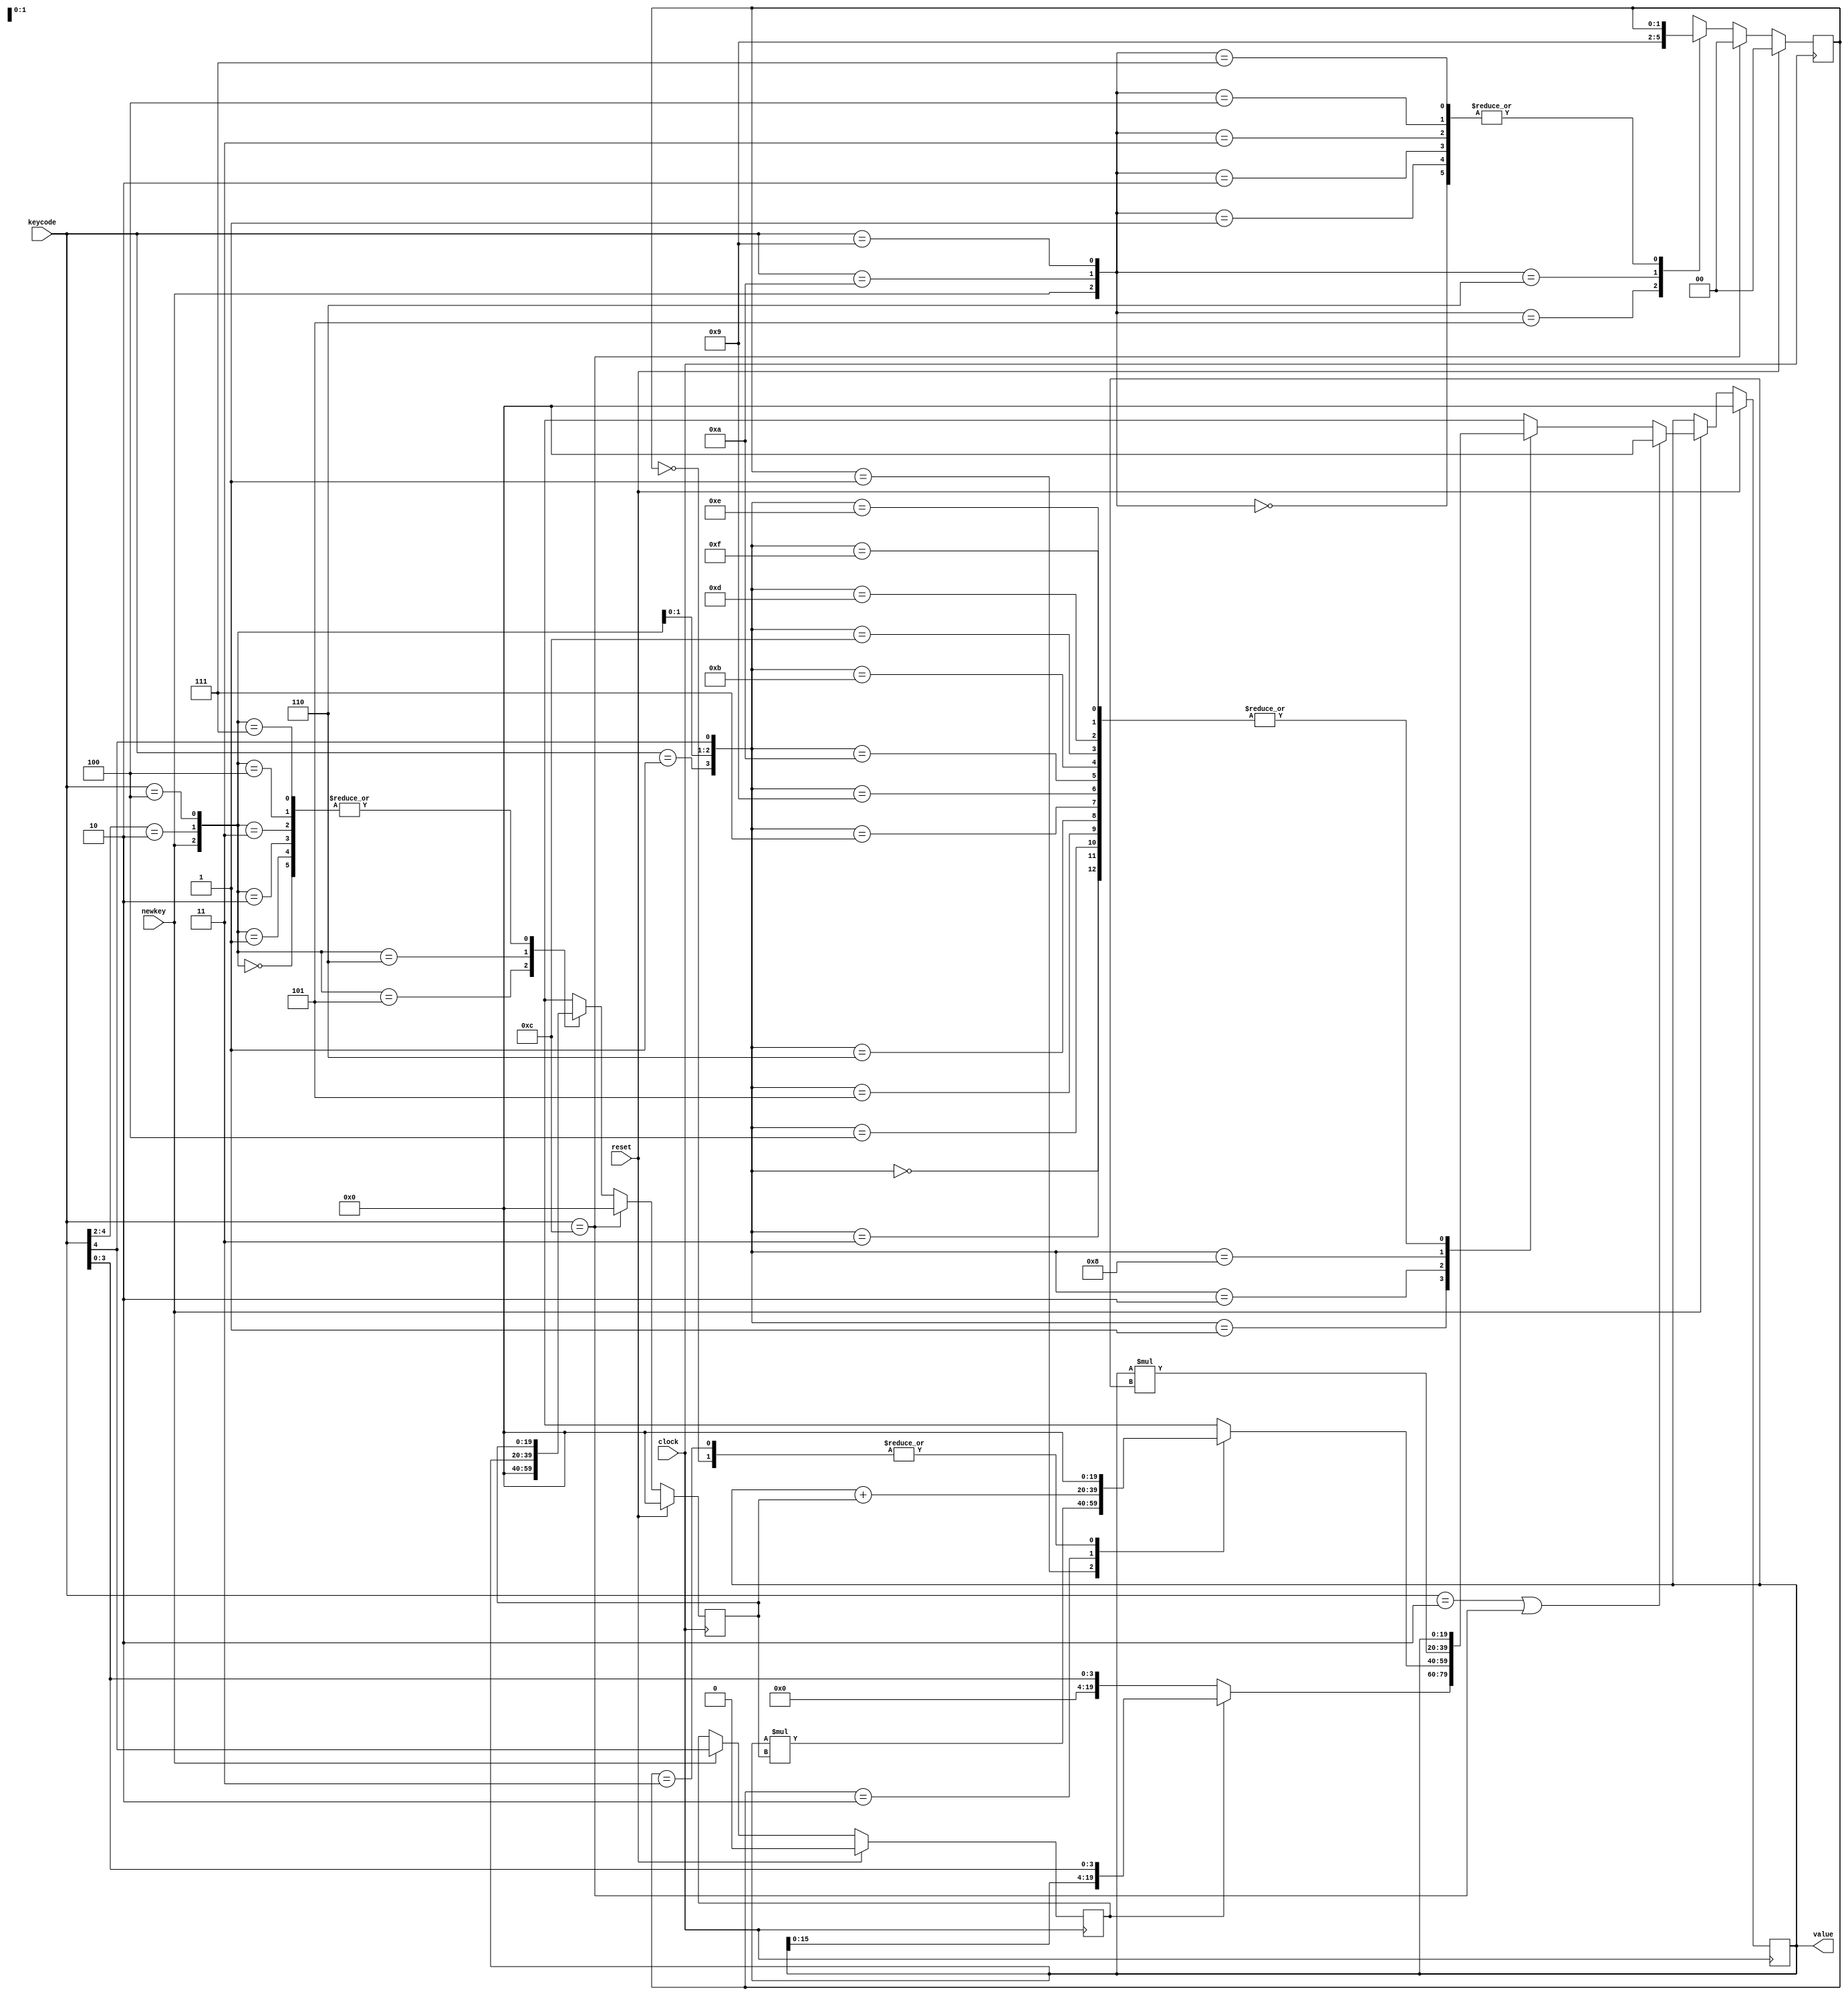
`timescale 1ns / 1ps
//////////////////////////////////////////////////////////////////////////////////
// Engineers: Aidan Quigney, Jeremy Joy
// Design Name: Calculator
// Module Name: Calculator_Core_Logic
// Description: Simple calculator design, which can perform addition, multiplication, sqauring and contains an AC and CE button
//              Made as a project for EEEN30190 (Digital System Design) at Univeristy College Dublin
// Revision 0.01 - File Created
//////////////////////////////////////////////////////////////////////////////////

module Calculator_Core_Logic(
    input clock,
    input reset,
    input newkey,
    input [4:0] keycode,
    output [19:0] value
    );
    reg [19:0]x;
      reg [19:0]y;
      reg [19:0] result;
      reg[1:0] op;
      
      reg [19:0] nextx;
      reg [19:0] nexty;
      reg [1:0] nextop;
      reg [19:0] userinput;
      reg lastwasnum;
      
      wire [19:0] square = x *x;
      wire isop = (keycode[4:2] == 3'b010);
      wire issquare = (keycode == 5'b1);
      wire isequals = (keycode == 5'd4);
      wire isnum = (keycode[4] == 1'b1);
      wire [19:0] conc = {x[15:0], keycode[3:0]};
      wire isadd = (keycode == 5'b01001);
      wire ismul = (keycode == 5'b01010);
      wire isce = (keycode == 5'b00010);
      wire isac = (keycode == 5'b01100);
      
      //nextx comb logic
      always @ (newkey, conc, x, result, issquare, square, isop, isequals, isnum, userinput, isce, isac)
        begin
          if(newkey == 0) nextx = x;
          else
            if (isce || isac) nextx = 20'b0;
              else
                case({issquare, isop, isequals,isnum})
                  4'b0000: nextx = x;
                  4'b0001: nextx = userinput;
                  4'b0010: nextx = result;
                  4'b0011: nextx = x;
                  4'b0100: nextx = x;
                  4'b0101: nextx = x;
                  4'b0110: nextx = x;
                  4'b0111: nextx = x;
                  4'b1000: nextx = square;
                  4'b1001: nextx = x;
                  4'b1010: nextx = x;
                  4'b1011: nextx = x;
                  4'b1100: nextx = x;
                  4'b1101: nextx = x;
                  4'b1110: nextx = x;
                  4'b1111: nextx = x;
                  default: nextx = x;
                endcase
        end
      //X register
      always @ (posedge clock)
        begin
          if (reset) x <= 20'b0;
          else x <= nextx;
        end
      
    //Y combinational logic
      always @ (x,y, keycode, isequals, isop, newkey, isac)
          begin
          if (isac) nexty = 20'b0;
          else
            case({newkey, isop, isequals})
              3'b000: nexty = y;
              3'b001: nexty = y;
              3'b010: nexty = y;
              3'b011: nexty = y;
              3'b100: nexty = y;
              3'b101: nexty = 20'b0;
              3'b110: nexty = x;
              3'b111: nexty = y;
              default nexty = y;
            endcase
        end
      
    //Y register
      always @ (posedge clock)
        begin
          if (reset) y <= 20'b0;
          else y <= nexty;
        end
      
    //op logic
      always @ (keycode, newkey, op, ismul,isadd, isac)
        begin
          if (isac) nextop = 2'b0;
          else 
            case({newkey, ismul,isadd})
              3'b000: nextop = op;
              3'b001: nextop = op;
              3'b010: nextop = op;
              3'b011: nextop = op;
              3'b100: nextop = op;
              3'b101: nextop = 2'b10;
              3'b110: nextop = 2'b01;
              3'b111: nextop = op;
              default: nextop = op;
            endcase
        end
    // Operation register
      always @ (posedge clock)
        begin
          if (reset) op <= 2'b0;
          else op <= nextop;
        end
      
    //result logic
      always @(x, y, op)
        begin
          case (op)
            2'b00: result = 20'b0;
            2'b01: result = x*y;
            2'b10: result = x +y;
            2'b11: result = 20'b0;
            default: result = 20'b0; 
          endcase
        end
    //userinput combinational logic
    always @ (lastwasnum, keycode, conc)
        begin
          if(lastwasnum) userinput = conc;
          else userinput = {16'b0, keycode[3:0]};
        end
    //lastwasnum register
    always @ (posedge clock)
        begin
            if (reset) lastwasnum = 1'b0;
            else
                if (newkey) lastwasnum = isnum;
                else lastwasnum = lastwasnum;
        end
          
      assign value = x;
endmodule